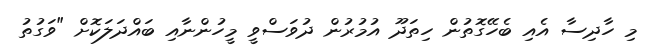
މި ހާދިސާ އެއި ބެހޭގޮތުން ހިތަދޫ އުމުރުން ދުވަސްވީ މީހުންނާއި ބައްދަލަކޮށް "ވަގުތު